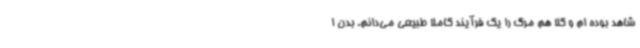
شاهد بوده ام و کلا هم مرگ را یک فرآیند کاملا طبیعی می‌دانم. بدن ا